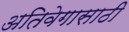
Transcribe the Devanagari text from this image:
अतिवेगासाठी